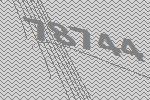
78744